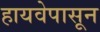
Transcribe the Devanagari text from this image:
हायवेपासून